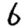
Digit: 6